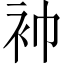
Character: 䘜